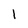
Character: 1